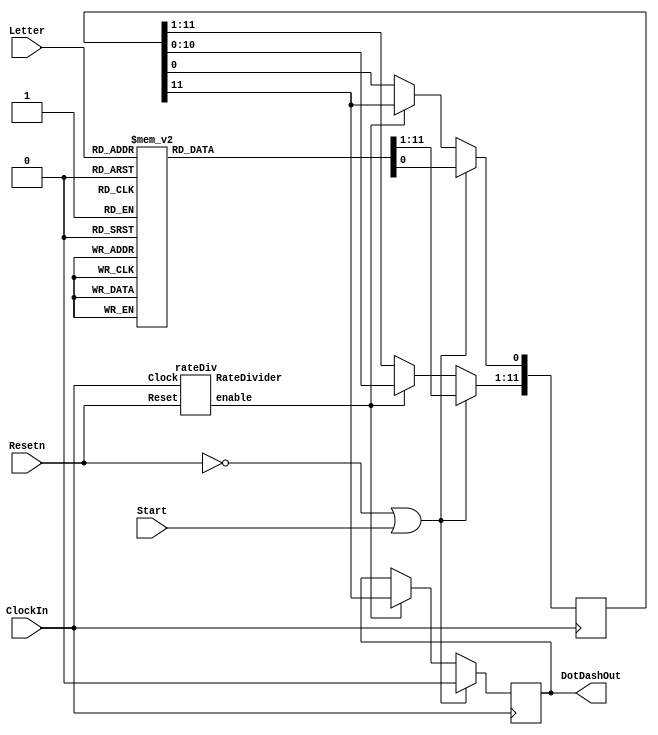
module part3(ClockIn, Resetn, Start, Letter, DotDashOut);
	input ClockIn, Resetn, Start;
	input [2:0] Letter;
	wire en;
	output reg DotDashOut;
	reg [11:0] binRep, temp;		//binRep: alphabet storage in binary; temp: shift reg handling
	wire [7:0] rateDivider;
	rateDiv r1(.Clock(ClockIn), .Reset(Resetn), .enable(en), .RateDivider(rateDivider));		//to get the enable signal from the rate div (in en)
	always @ (*)
		begin
			case(Letter)
            3'b000: binRep = 12'b101110000000; //A
            3'b001: binRep = 12'b111010101000; //B
            3'b010: binRep = 12'b111010111010; //C
            3'b011: binRep = 12'b111010100000; //D
            3'b100: binRep = 12'b100000000000; //E
            3'b101: binRep = 12'b101011101000; //F
            3'b110: binRep = 12'b111011101000; //G
            3'b111: binRep = 12'b101010100000; //H
				default: binRep = 12'b00000000000;
			endcase
		end
	always @(posedge ClockIn)
		begin
			if(Resetn==0 || Start==1)		//when resetn 0 or start1, load the letter into temp for shift reg handling
				begin
					DotDashOut<=0;
					temp<=binRep;
				end
			else if(en==1)		//enable is on, begin shifting in the 12 bit shift reg
				begin
					DotDashOut<=temp[11];
					temp<=temp<<1;
					temp[0]<=temp[11];
				end
		end
endmodule

module rateDiv(input Clock, Reset, output enable, output reg[7:0] RateDivider);
	always @(posedge Clock)		//synchronous
		begin
			if(Reset==0)		//active low
				RateDivider<=0;
			else if(RateDivider==0)		//when finally down to 0, goback to initial clock cycle counting, 250 Hz since we are using 0.5
				RateDivider<=8'b11111001;
			else
				RateDivider<=RateDivider-1;		//keep counting down by 1 until 0
		end
	assign enable = (RateDivider==8'b00000000)?1:0;		//enable = 1 when ratediv = 0
endmodule